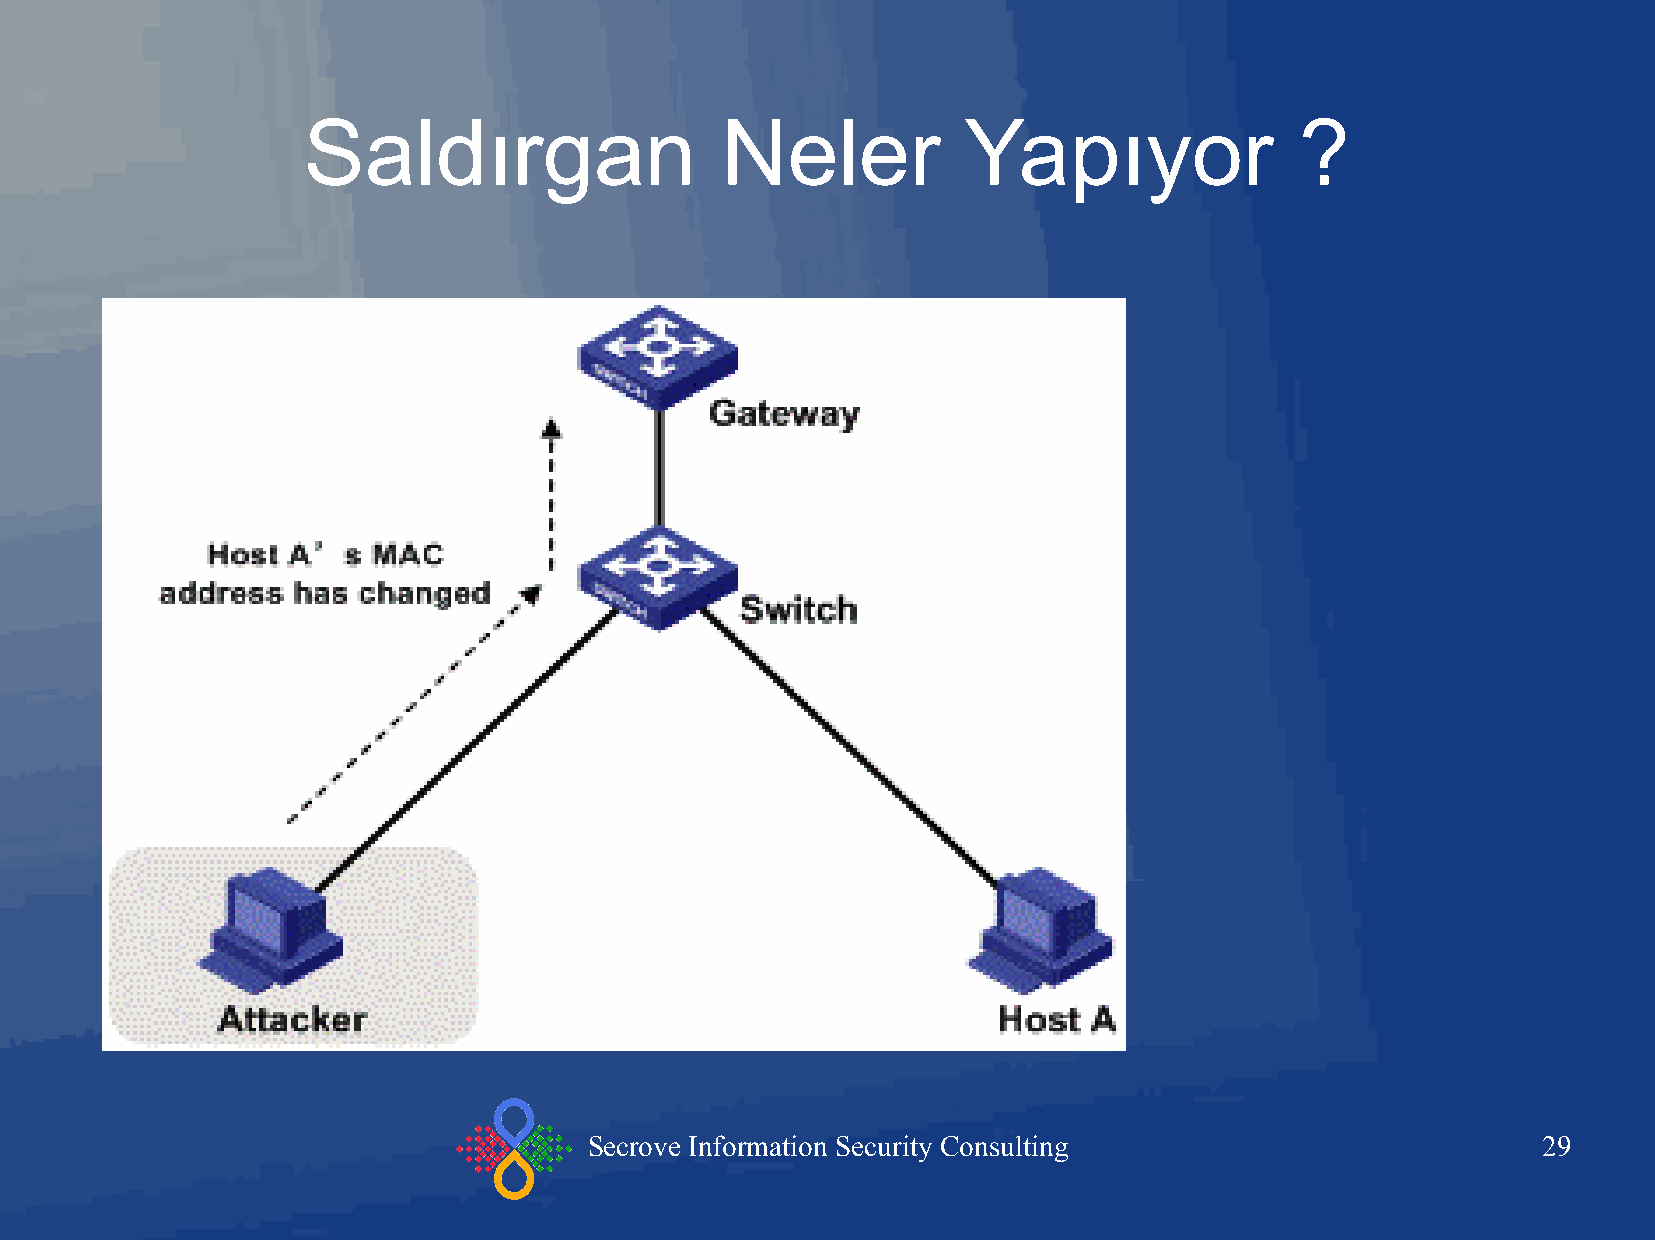
Saldırgan                   Neler           Yapıyor               ?
 Secrove Information Security Consulting                        29